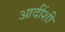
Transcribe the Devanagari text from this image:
आदींशी